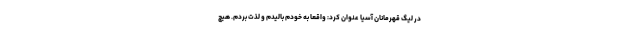
در لیگ قهرمانان آسیا عنوان کرد: واقعا به خودم بالیدم و لذت بردم. هیچ